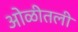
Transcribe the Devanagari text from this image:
ओळीतली